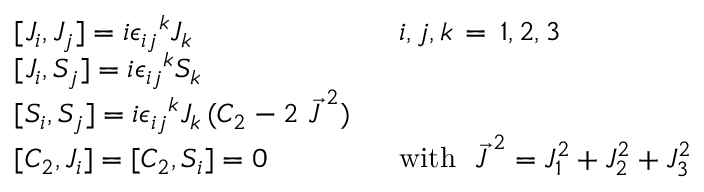
\begin{array} { l l } { { { [ } J _ { i } , J _ { j } ] = i { \epsilon _ { i j } } ^ { k } J _ { k } } } & { { i , j , k \, = \, 1 , 2 , 3 } } \\ { { { [ } J _ { i } , S _ { j } ] = i { \epsilon _ { i j } } ^ { k } S _ { k } } } & { { } } \\ { { { [ } S _ { i } , S _ { j } ] = i { \epsilon _ { i j } } ^ { k } J _ { k } \, ( C _ { 2 } - 2 \ { \vec { J } \, } ^ { 2 } ) \ \ } } & { { } } \\ { { { [ } C _ { 2 } , J _ { i } ] = [ C _ { 2 } , S _ { i } ] = 0 } } & { { \mathrm { w i t h ~ } \ { \vec { J } \, } ^ { 2 } = J _ { 1 } ^ { 2 } + J _ { 2 } ^ { 2 } + J _ { 3 } ^ { 2 } } } \end{array}